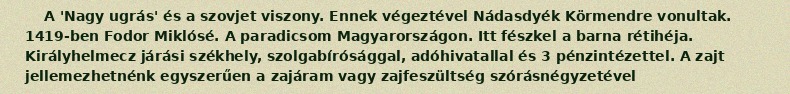
A 'Nagy ugrás' és a szovjet viszony. Ennek végeztével Nádasdyék Körmendre vonultak. 1419-ben Fodor Miklósé. A paradicsom Magyarországon. Itt fészkel a barna rétihéja. Királyhelmecz járási székhely, szolgabírósággal, adóhivatallal és 3 pénzintézettel. A zajt jellemezhetnénk egyszerűen a zajáram vagy zajfeszültség szórásnégyzetével